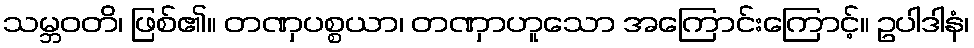
သမ္ဘဝတိ၊ ဖြစ်၏။ တဏှပစ္စယာ၊ တဏှာဟူသော အကြောင်းကြောင့်။ ဥပါဒါနံ၊